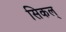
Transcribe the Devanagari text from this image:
सिकल्